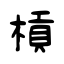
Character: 槓